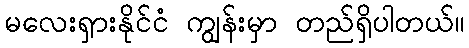
မလေးရှားနိုင်ငံ ကျွန်းမှာ တည်ရှိပါတယ်။